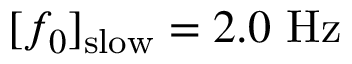
[ f _ { 0 } ] _ { \mathrm { s l o w } } = 2 . 0 \ \mathrm { H z }